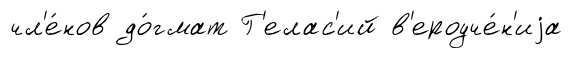
чл'е́нов до́гмат Г'елас'ий в'ероуче́н'иjа